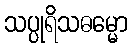
သပ္ပုရိသဓမ္မော